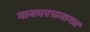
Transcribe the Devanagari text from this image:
वाक्यरचनागत